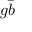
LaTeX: g { \bar { b } }